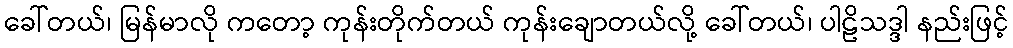
ခေါ်တယ်၊ မြန်မာလို ကတော့ ကုန်းတိုက်တယ် ကုန်းချောတယ်လို့ ခေါ်တယ်၊ ပါဠိသဒ္ဒါ နည်းဖြင့်